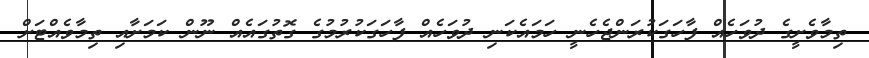
ތިމާވެށީގެ ދުވަހެއް ފާހަގަކުރަންޖެހެނީ ހަމައެކަނި ދުވަހެއް ފާހަގަކުރުމުގެ ގޮތުގައެއް ނޫން ކަމަށާއި ތިމާވެއްޓަށް